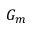
G _ { m }